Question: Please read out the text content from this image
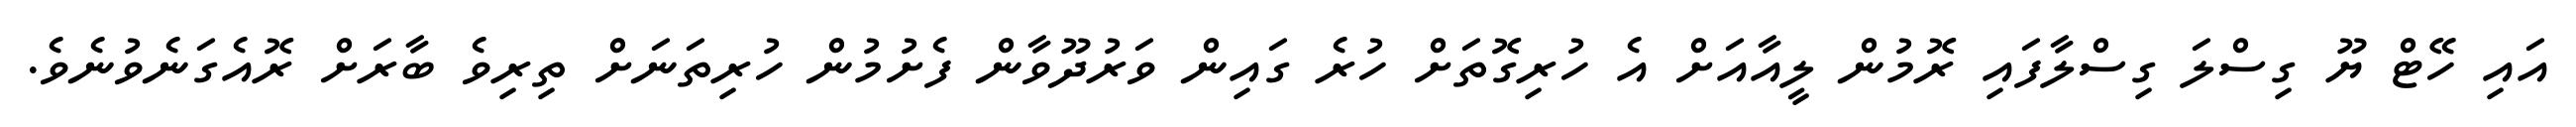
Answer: އައި ހޭޓް ޔޫ ގިސްލަ ގިސްލާފައި ރޮމުން ލީއާއަށް އެ ހުރިގޮތަށް ހުރެ ގައިން ވަރުދޫވާން ފެށުމުން ހުރިތަނަށް ތިރިވެ ބާރަށް ރޮއެގަނެވުނެވެ.